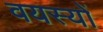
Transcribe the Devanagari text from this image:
वयस्यों